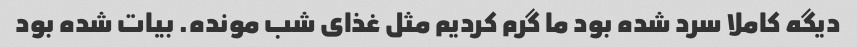
دیگه کاملا سرد شده بود ما گرم کردیم مثل غذای شب مونده. بیات شده بود